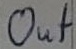
Text: out